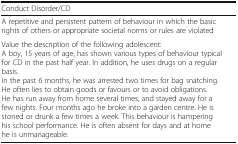
<table><thead><tr><td><b>Conduct Disorder/CD</b></td><td></td></tr></thead><tbody><tr><td>A repetitive and persistent pattern of behaviour in which the basic rights of others or appropriate societal norms or rules are violated</td><td></td></tr><tr><td>Value the description of the following adolescent:A boy, 15 years of age, has shown various types of behaviour typical for CD in the past half year. In addition, he uses drugs on a regular basis.In the past 6 months, he was arrested two times for bag snatching. He often lies to obtain goods or favours or to avoid obligations. He has run away from home several times, and stayed away for a few nights. Four months ago he broke into a garden centre. He is stoned or drunk a few times a week. This behaviour is hampering his school performance. He is often absent for days and at home he is unmanageable.</td><td></td></tr></tbody></table>